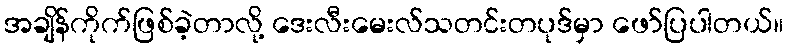
အချိန်ကိုက်ဖြစ်ခဲ့တာလို့ ဒေးလီးမေးလ်သတင်းတပုဒ်မှာ ဖော်ပြပါတယ်။